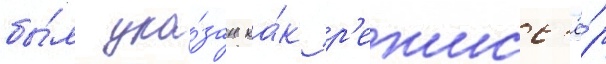
бы́л ука́зан ка́к р'ежисс'ё́р